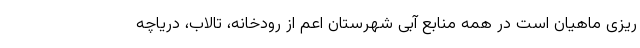
ریزی ماهیان است در همه منابع آبی شهرستان اعم از رودخانه، تالاب، دریاچه